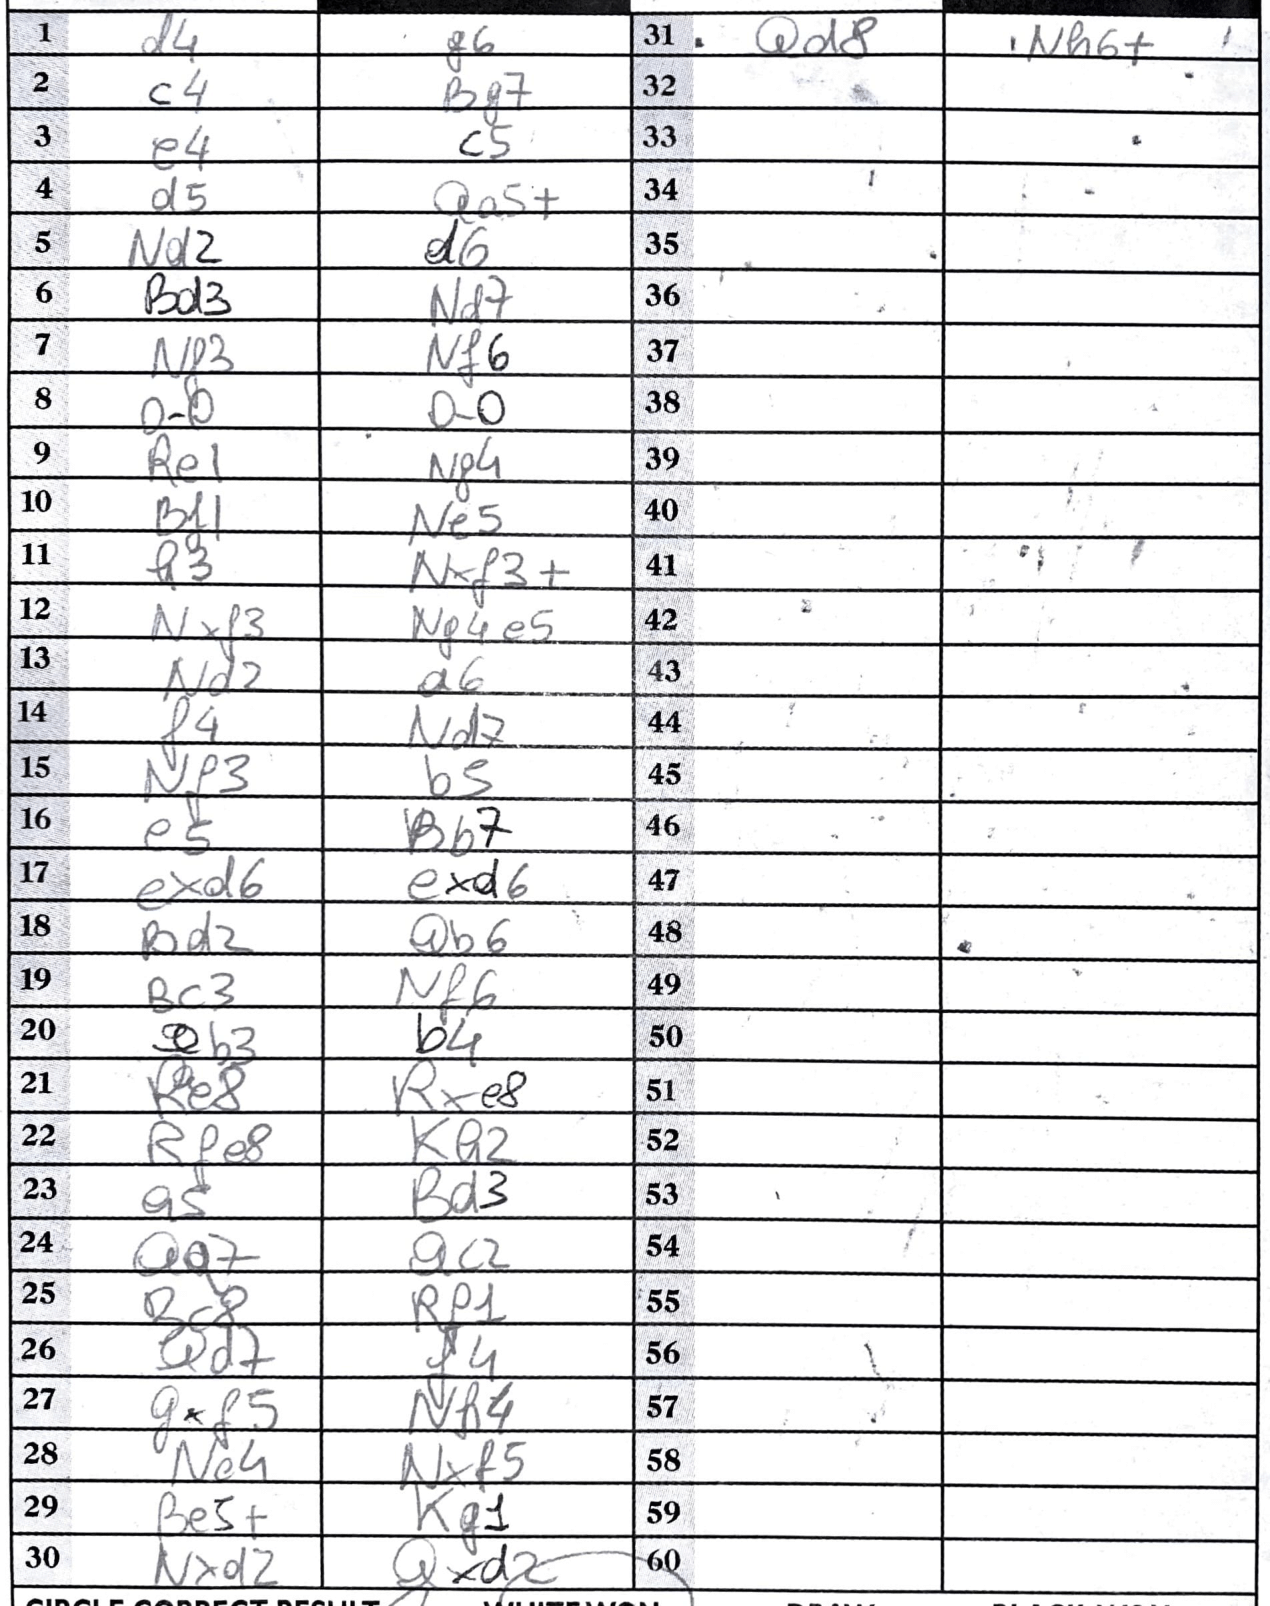
Moves: d4 g6 c4 Bg7 e4 c5 d5 Qa5+ Nd2 d6 Bd3 Nd7 Nf3 Nf6 O-O O-O Re1 Ng4 Bf1 Ne5 h3 Nxf3+ Nxf3 Ng4e5 Nd2 a6 f4 Nd7 Nf3 b5 e5 Bb7 exd6 exd6 Bd2 Qb6 Bc3 Nf6 Qb3 b4 Re8 Rxe8 RPe8 Ka2 a5 Bd3 Qa7 Qc2 Bc8 RP1 Qd7 f4 gxf5 Nh4 Ne4 Nxf5 Be5+ Kg1 Nxd2 Qxd2 Qd8 Nh6+